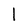
Character: l